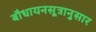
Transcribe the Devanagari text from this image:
बौधायनसूत्रानुसार